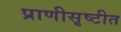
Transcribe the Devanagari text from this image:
प्राणीसृष्टीत